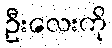
ဦးလေးကို